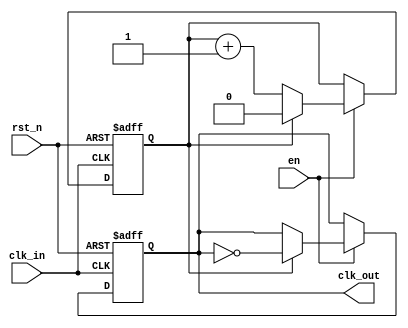
module ClockDivider #(parameter N = 2) (
    input wire clk_in,        // Input clock signal
    input wire rst_n,        // Active-low reset signal
    input wire en,           // Output enable signal
    output reg clk_out       // Output clock signal
);

    // Internal counter
    reg [$clog2(N)-1:0] counter; // Counter width based on N

    always @(posedge clk_in or negedge rst_n) begin
        if (!rst_n) begin
            counter <= 0;       // Reset counter
            clk_out <= 0;      // Reset output clock
        end else begin
            if (en) begin
                if (counter == (N - 1)) begin
                    clk_out <= ~clk_out; // Toggle output clock
                    counter <= 0;        // Reset counter
                end else begin
                    counter <= counter + 1; // Increment counter
                end
            end
        end
    end

endmodule